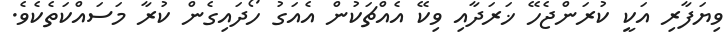
ވިޔަފާރި އަކީ ކުރަންޖެހޭ ޚަރަދާއި ވިކޭ އެއްޗަކުން އެއަގު ހޯދައިގެން ކުރާ މަސައްކަތެކެވެ.